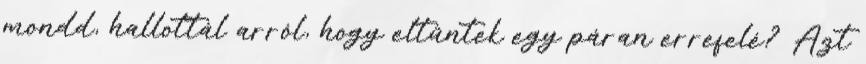
mondd, hallottál arról, hogy eltűntek egy páran errefelé? Azt